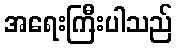
အရေးကြီးပါသည်